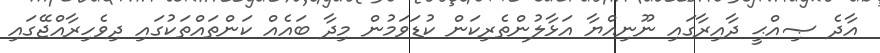
އާދެ ޞިއްޙީ ދާއިރާގައި ނޫނިއްޔާ އަޅާލުންތެރިކަން ކުޑަވަމުން މިދާ ބައެއް ކަންތައްތަކުގައި ދިވެހިރާއްޖޭގައި